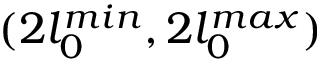
( 2 l _ { 0 } ^ { m i n } , 2 l _ { 0 } ^ { m a x } )